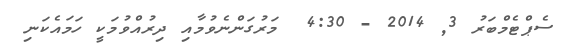
ސެޕްޓެމްބަރު 3